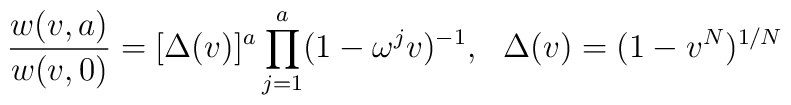
{w(v,a)\over w(v,0)}=[\Delta(v)]^a\prod^a_{j=1}(1-\omega^jv)^{-1},{}~~\Delta(v)=(1-v^N)^{1/N}